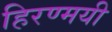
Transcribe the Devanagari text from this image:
हिरण्मयी